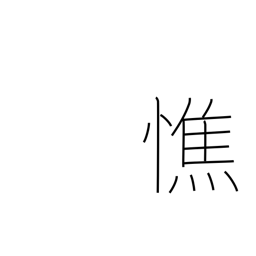
Meaning: get thin